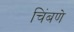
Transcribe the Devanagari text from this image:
चिंबणे